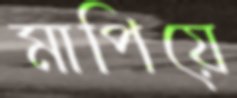
মাপিয়ে